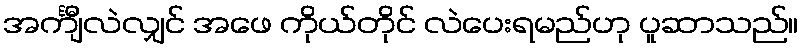
အင်္ကျီလဲလျှင် အဖေ ကိုယ်တိုင် လဲပေးရမည်ဟု ပူဆာသည်။